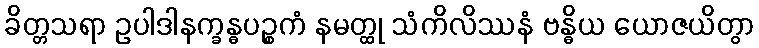
ခိတ္တသရာ ဥပါဒါနက္ခန္ဓပဉ္စကံ နမတ္ထု သံကိလိဿနံ ဗန္ဓိယ ယောဇယိတွာ